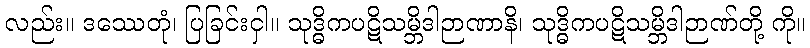
လည်း။ ဒဿေတုံ၊ ပြခြင်းငှါ။ သုဒ္ဓိကပဋိသမ္ဘိဒါဉာဏာနိ၊ သုဒ္ဓိကပဋိသမ္ဘိဒါဉာဏ်တို့ ကို။